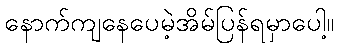
နောက်ကျနေပေမဲ့အိမ်ပြန်ရမှာပေါ့။